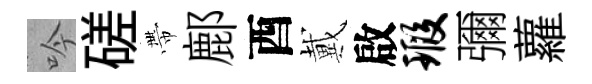
吟磋帶鄜酉戴啟瑕彌蘿